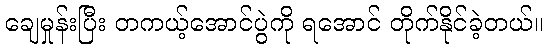
ချေမှုန်းပြီး တကယ့်အောင်ပွဲကို ရအောင် တိုက်နိုင်ခဲ့တယ်။